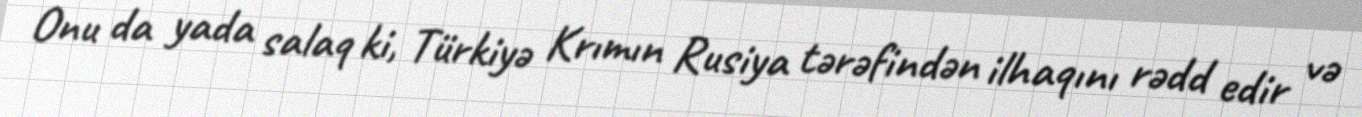
Onu da yada salaq ki, Türkiyə Krımın Rusiya tərəfindən ilhaqını rədd edir və